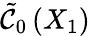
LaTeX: \tilde{\mathcal{C}}_{0}\left(X_{1}\right)